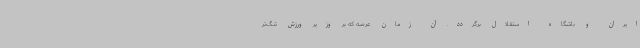
ایران و باشگاه استقلال برگردد. آن زمان عرصه که بر وزیر ورزش تنگ‌تر